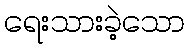
ရေးသားခဲ့သော